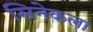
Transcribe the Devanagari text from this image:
सिनेकला